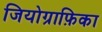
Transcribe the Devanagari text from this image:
जियोग्राफ़िका